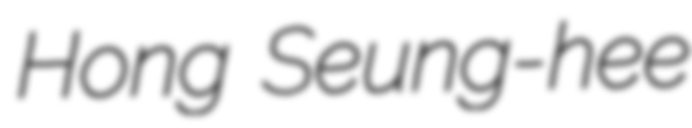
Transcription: Hong Seung-hee